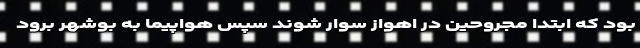
بود که ابتدا مجروحین در اهواز سوار شوند سپس هواپیما به بوشهر برود